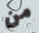
من